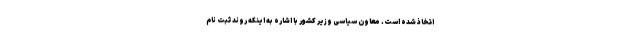
اتخاذ شده است. معاون سیاسی وزیر کشور با اشاره به اینکه روند ثبت نام